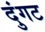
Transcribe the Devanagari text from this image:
दुंगट